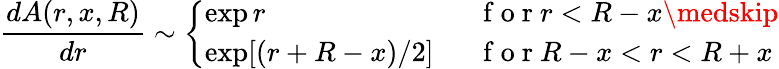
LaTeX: \frac{dA(r,x,R)}{dr}\sim\left\{ \begin{array}{ll}{\exp r\ \ \ }&{\mathrm{~f~o~r~}r<R-x\medskip}\\ {\exp[(r+R-x)/2]\ \ }&{\mathrm{~f~o~r~}R-x<r<R+x}\end{array}\right.